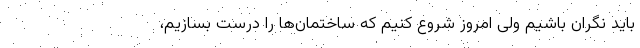
باید نگران باشیم ولی امروز شروع کنیم که ساختمان‌ها را درست بسازیم،